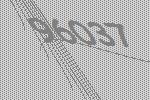
96037